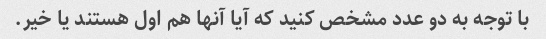
با توجه به دو عدد مشخص کنید که آیا آنها هم اول هستند یا خیر.